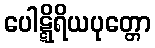
ပေါဋ္ဋိရိယပုတ္တော